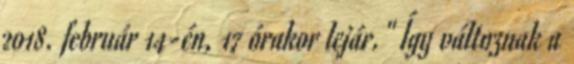
2018. február 14-én, 17 órakor lejár." Így változnak a